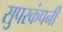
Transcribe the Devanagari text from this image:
सुपरकंपनी